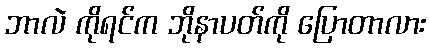
ဘာလဲ ကိုရင်က ဘိုနာပတ်ကို ပြောတာလား